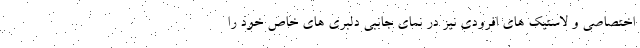
اختصاصی و لاستیک های افرودی نیز در نمای جانبی دلبری های خاص خود را